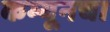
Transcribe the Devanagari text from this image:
कम्यूनचा